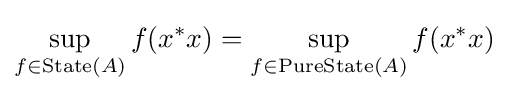
\sup _{f\in \operatorname {State} (A)}f(x^{*}x)=\sup _{f\in \operatorname {PureState} (A)}f(x^{*}x)